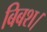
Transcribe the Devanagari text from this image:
बिबश।